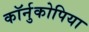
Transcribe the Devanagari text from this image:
कॉर्नुकोपिया